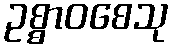
ဥစ္စာဝစေသု